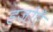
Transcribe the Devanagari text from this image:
हजोएँ